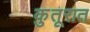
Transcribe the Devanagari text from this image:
कुतूरात